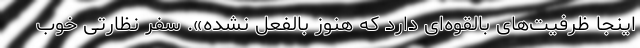
اینجا ظرفیت‌های بالقوه‌ای دارد که هنوز بالفعل نشده». سفر نظارتی خوب